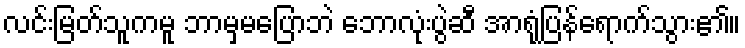
လင်းမြတ်သူကမူ ဘာမှမပြောဘဲ ဘောလုံးပွဲဆီ အာရုံပြန်ရောက်သွား၏။